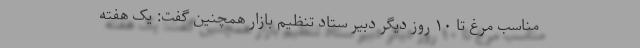
مناسب مرغ تا ۱۰ روز دیگر دبیر ستاد تنظیم بازار همچنین گفت: یک هفته